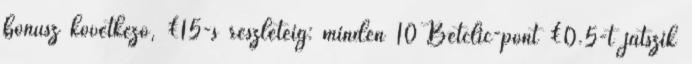
bónusz következő, €15-s részletéig: minden 10 Betclic-pont €0.5-t játszik